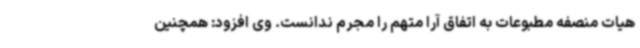
هیات منصفه مطبوعات به اتفاق آرا متهم را مجرم ندانست. وی افزود: همچنین